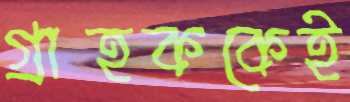
গ্রাহককেই